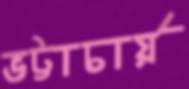
ভট্টাচার্য়